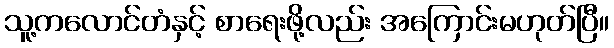
သူ့ကလောင်တံနှင့် စာရေးဖို့လည်း အကြောင်းမဟုတ်ပြီ။